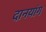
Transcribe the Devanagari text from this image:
दानयांग